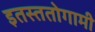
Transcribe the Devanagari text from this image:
इतस्ततोगामी